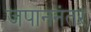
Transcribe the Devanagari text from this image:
जपाननंतर